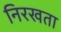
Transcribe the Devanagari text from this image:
निरखता